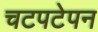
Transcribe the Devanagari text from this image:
चटपटेपन